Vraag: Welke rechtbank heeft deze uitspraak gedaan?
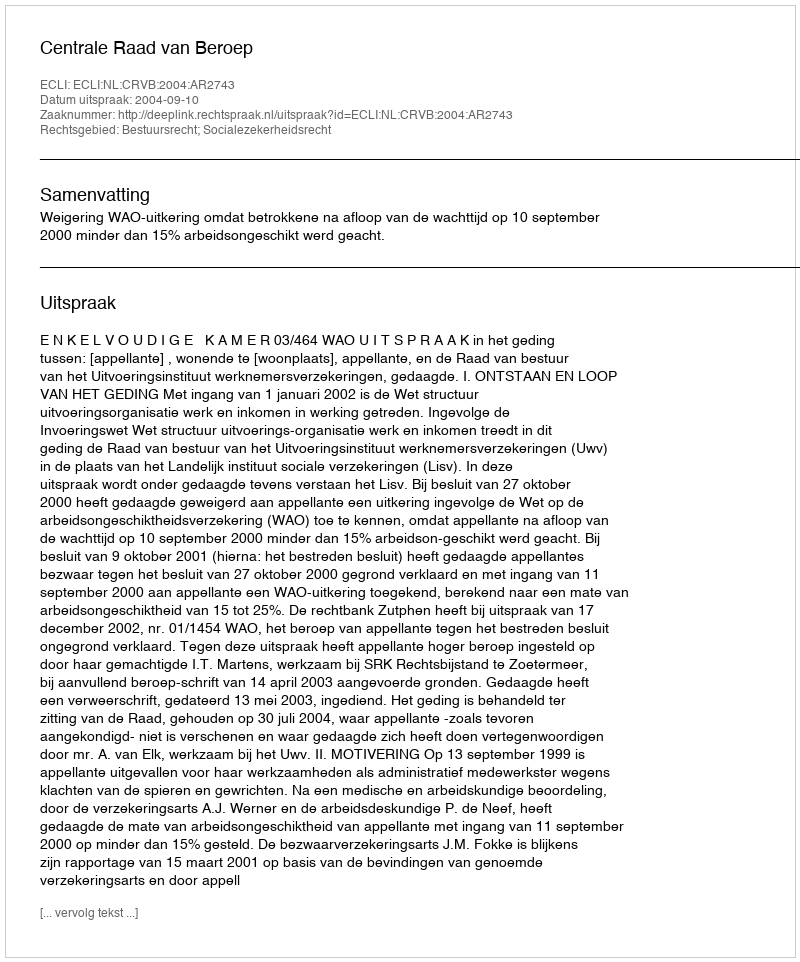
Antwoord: Centrale Raad van Beroep